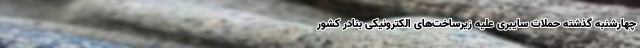
چهارشنبه گذشته حملات سایبری علیه زیرساخت‌های الکترونیکی بنادر کشور